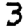
Digit: 3